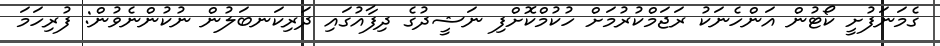
ގެމަނަފުށީ ކޯޓުން އަންހެނަކު ރަޖަމްކުރުމަށް ހުކުމްކޮށްފި ނަޝީދުގެ ދިފާއުގައި ދަރިކަނބަލުން ނުކުންނެވުން: ފުރިހަމަ